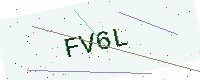
Text: FV6L